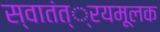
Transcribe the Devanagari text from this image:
स्वातंत््रयमूलक